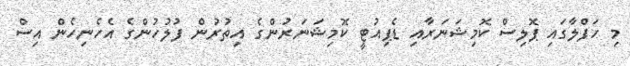
މި ހަފްލާގައި ޕޮލިސް ކޮމިޝަނަރާއި ޑެޕިއުޓީ ކޮމިޝަނަރުންގެ އިތުރުން ފުލުހުންގެ އެހެނިހެން އިސް